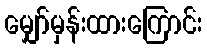
မျှော်မှန်းထားကြောင်း